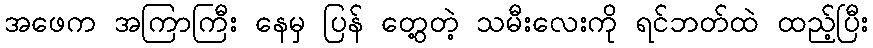
အဖေက အကြာကြီး နေမှ ပြန် တွေ့တဲ့ သမီးလေးကို ရင်ဘတ်ထဲ ထည့်ပြီး